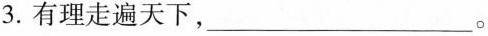
3.有理走遍天下，___。